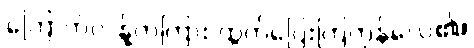
ကြောက်လန့်တကြား ထွက်ပြေးကြကုန်လေ၏။